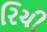
રિચી